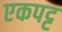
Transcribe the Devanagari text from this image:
एकपट्ट